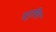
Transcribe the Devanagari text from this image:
सगुचित